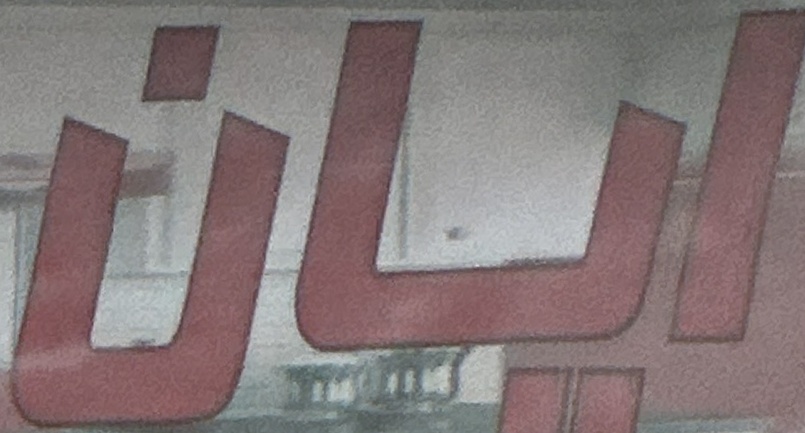
ابان